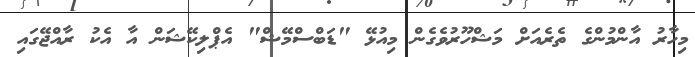
މިހާރު އާންމުންގެ ތެރެއަށް މަޝްހޫރުވެގެން މިއުޅޭ "ޑަބްސްމޭޝް" އެޕްލިކޭޝަން އާ އެކު ރާއްޖޭގައި